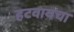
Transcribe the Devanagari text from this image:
हटवायचा